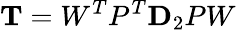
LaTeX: \mathbf{T}=W^{T}P^{T}\mathbf{D}_{2}PW